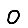
Digit: 0